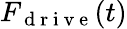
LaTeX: F_{\mathrm{~d~r~i~v~e~}}(t)